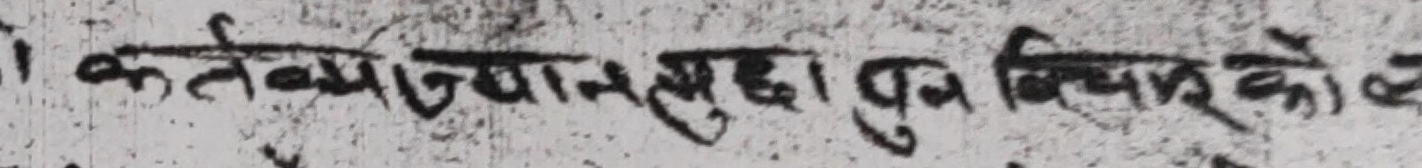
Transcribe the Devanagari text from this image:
कर्तव्याउद्यानमृद्धा पुव विचार को ल